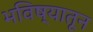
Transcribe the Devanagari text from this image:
भविष्यातून